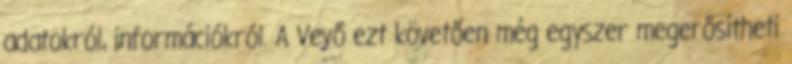
adatokról, információkról. A Vevő ezt követően még egyszer megerősítheti